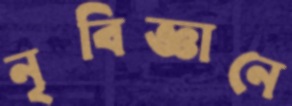
নৃবিজ্ঞানে